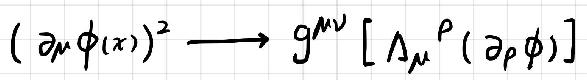
$(\partial_{\mu}\phi(x))^{2}\longrightarrow g^{\mu\nu}[\Lambda_{\mu}{}^{\rho}(\partial_{\rho}\phi)]$